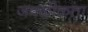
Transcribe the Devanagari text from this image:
जवळीकता